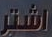
اشتر